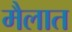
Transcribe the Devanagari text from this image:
मैलात